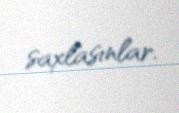
saxlasınlar.